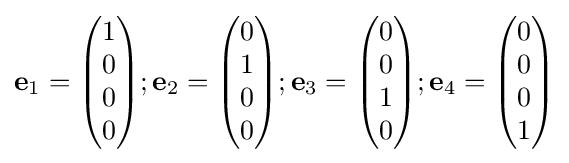
\mathbf {e} _{1}={\begin{pmatrix}1\\0\\0\\0\end{pmatrix}};\mathbf {e} _{2}={\begin{pmatrix}0\\1\\0\\0\end{pmatrix}};\mathbf {e} _{3}={\begin{pmatrix}0\\0\\1\\0\end{pmatrix}};\mathbf {e} _{4}={\begin{pmatrix}0\\0\\0\\1\end{pmatrix}}